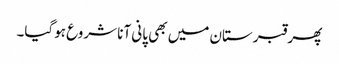
پھر قبرستان میں بھی پانی آنا شروع ہوگیا۔